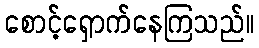
စောင့်ရှောက်နေကြသည်။